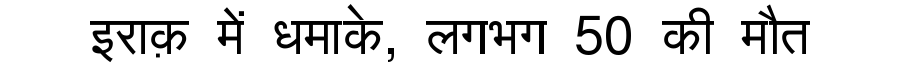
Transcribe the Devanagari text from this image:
इराक़ में धमाके, लगभग 50 की मौत